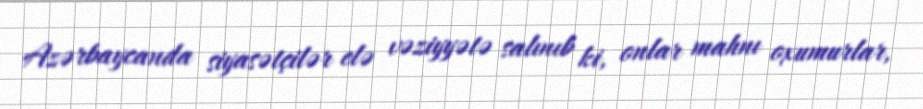
Azərbaycanda siyasətçilər elə vəziyyətə salınıb ki, onlar mahnı oxumurlar,